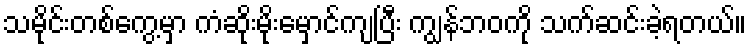
သမိုင်းတစ်ကွေ့မှာ ကံဆိုးမိုးမှောင်ကျပြီး ကျွန်ဘဝကို သက်ဆင်းခဲ့ရတယ်။